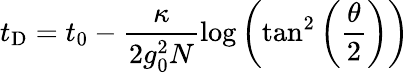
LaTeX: t_{\mathrm{D}}=t_{0}-\frac{\kappa}{2g_{0}^{2}N}\log\left(\tan^{2}\left(\frac{\theta}{2}\right)\right)